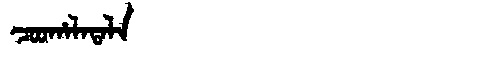
Manchu: ᠴᠣᠣᡥᠠᠯᠠᡨᠠᠯᠠ
Romanization: COOHALATALA